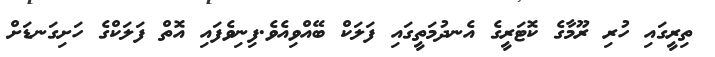
ތިރީގައި ހުރި ރޫމާގެ ކޮޓަރީގެ އެނދުމަތީގައި ފަލަކް ބޭއްވިއެވެ.ފިނިވެފައި އޮތް ފަލަކްގެ ހަށިގަނޑަށް